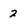
Character: 2